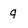
Character: q